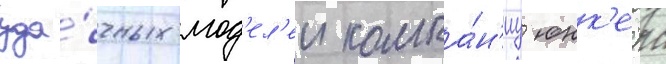
уда́чных мод'ел'еи компа́н'иу юнк'ерс